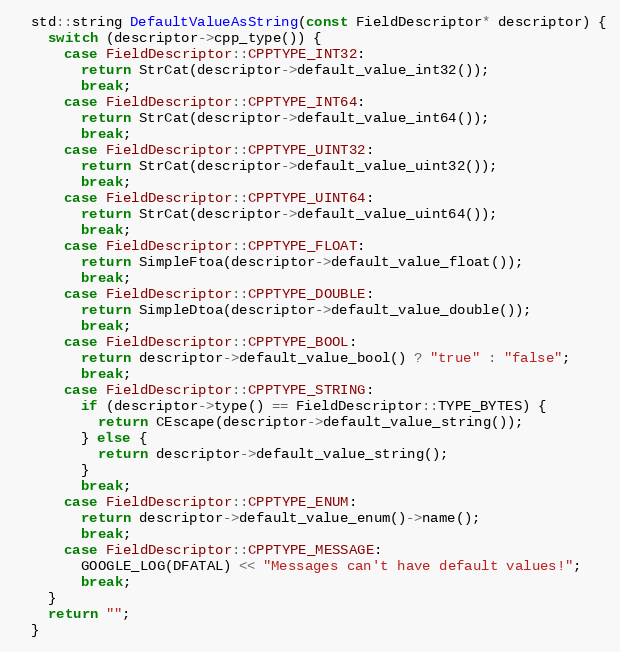
Language: C++
  std::string DefaultValueAsString(const FieldDescriptor* descriptor) {
    switch (descriptor->cpp_type()) {
      case FieldDescriptor::CPPTYPE_INT32:
        return StrCat(descriptor->default_value_int32());
        break;
      case FieldDescriptor::CPPTYPE_INT64:
        return StrCat(descriptor->default_value_int64());
        break;
      case FieldDescriptor::CPPTYPE_UINT32:
        return StrCat(descriptor->default_value_uint32());
        break;
      case FieldDescriptor::CPPTYPE_UINT64:
        return StrCat(descriptor->default_value_uint64());
        break;
      case FieldDescriptor::CPPTYPE_FLOAT:
        return SimpleFtoa(descriptor->default_value_float());
        break;
      case FieldDescriptor::CPPTYPE_DOUBLE:
        return SimpleDtoa(descriptor->default_value_double());
        break;
      case FieldDescriptor::CPPTYPE_BOOL:
        return descriptor->default_value_bool() ? "true" : "false";
        break;
      case FieldDescriptor::CPPTYPE_STRING:
        if (descriptor->type() == FieldDescriptor::TYPE_BYTES) {
          return CEscape(descriptor->default_value_string());
        } else {
          return descriptor->default_value_string();
        }
        break;
      case FieldDescriptor::CPPTYPE_ENUM:
        return descriptor->default_value_enum()->name();
        break;
      case FieldDescriptor::CPPTYPE_MESSAGE:
        GOOGLE_LOG(DFATAL) << "Messages can't have default values!";
        break;
    }
    return "";
  }